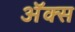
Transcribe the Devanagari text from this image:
अॅक्स